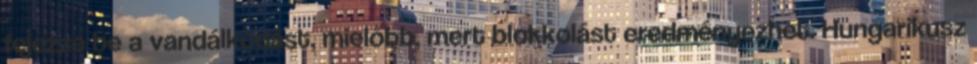
fejezze be a vandálkodást, mielőbb, mert blokkolást eredményezhet. Hungarikusz